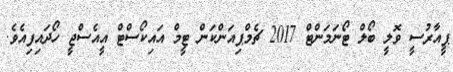
ޕީއާރުސީ ވޮލީ ބޯލް ޓޯނަމަންޓް 2017 ޗެމްޕިއަންކަން ޓީމް އައިކޯސްޓް އީއެސްޖީ ހޯދައިފިއެވެ.